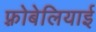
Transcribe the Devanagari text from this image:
फ़्रोबेलियाई